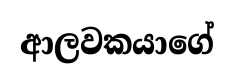
ආලවකයාගේ